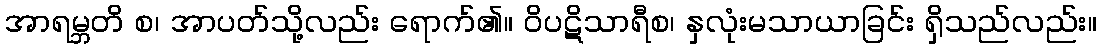
အာရမ္ဘတိ စ၊ အာပတ်သို့လည်း ရောက်၏။ ဝိပဋိသာရီစ၊ နှလုံးမသာယာခြင်း ရှိသည်လည်း။